Report on vaccination in Madras 1895-1903 - 1895-1903
Year: 1895
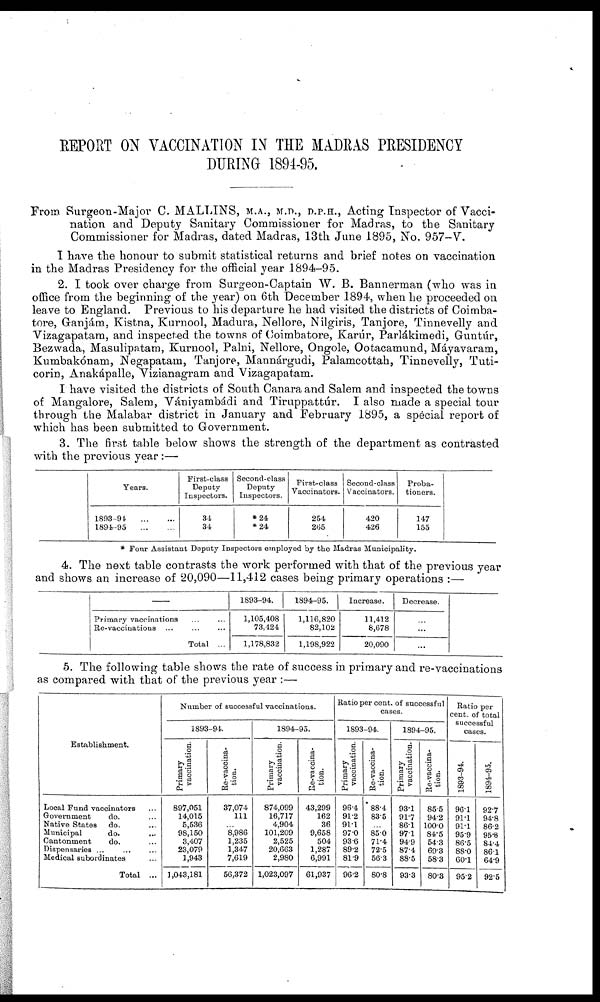
REPORT ON VACCINATION IN THE MADRAS PRESIDENCY
DURING 1894-95.
From Surgeon-Major C. MALLINS, M.A., M.D., D.P.H., Acting Inspector of Vacci-
nation and Deputy Sanitary Commissioner for Madras, to the Sanitary
Commissioner for Madras, dated Madras, 13th June 1895, No. 957—V.
I have the honour to submit statistical returns and brief notes on vaccination
in the Madras Presidency for the official year 1894-95.
2. I took over charge from Surgeon-Captain W. B. Bannerman (who was in
office from the beginning of the year) on 6th December 1894, when he proceeded on
leave to England. Previous to his departure he had visited the districts of Coimba¬
tore, Ganjám, Kistna, Kurnool, Madura, Nellore, Nilgiris, Tanjore, Tinnevelly and
Vizagapatam, and inspected the towns of Coimbatore, Karúr, Parlákimedi, Guntúr,
Bezwada, Masulipatam, Kurnool, Palni, Nellore, Ongole, Ootacamund, Máyavaram,
Kumbakónam, Negapatam, Tanjore, Mannárgudi, Palamcottah, Tinnevelly, Tuti¬
corin, Anakápalle, Vizianagram and Vizagapatam.
I have visited the districts of South Canara and Salem and inspected the towns
of Mangalore, Salem, Vániyambádi and Tiruppattúr. I also made a special tour
through the Malabar district in January and February 1895, a special report of
which has been submitted to Government.
3. The first table below shows the strength of the department as contrasted
with the previous year :—
Years.
1893-94.
...
...
1894-95
...
...
First-class
Deputy
Inspectors.
34
34
Second-class
Deputy
Inspectors.
*24
*24
First-class
Vaccinators.
254
265
Second-class
Vaccinators.
420
426
Proba-
tioners.
147
155
* Four Assistant Deputy Inspectors employed by the Madras Municipality.
4. The next table contrasts the work performed with that of the previous year
and shows an increase of 20,090—11,412 cases being primary operations :—
—
Primary vaccinations ... ...
Re-vaccinations ...
...
...
Total ...
1893-94.
1,105,408
73,424
1,178,832
1894-95.
1,116,820
82,102
1,198,922
Increase.
11,412
8,678
20,090
Decrease.
...
...
...
5. The following table shows the rate of success in primary and re-vaccinations
as compared with that of the previous year :—
Establishment.
Local Fund vaccinators ...
Government
do. ...
Native States do. ...
Municipal
do. ...
Cantonment
do. ...
Dispensaries ... ... ...
Medical subordinates ...
Total ...
Number of successful vaccinations.
1893-94.
Primary
vaccination.
897,051
14,015
5,536
98,150
3,407
23,079
1,943
1,043,181
Re-vaccina-
tion.
37,074
111
...
8,986
1,235
1,347
7,619
56,372
1894-95.
Primary
vaccination.
874,099
16,717
4,904
101,209
2,525
20,663
2,980
1,023,097
Re-vaccina-
tion.
43,299
162
36
9,658
504
1,287
6,991
61,937
Ratio per cent. of successful
cases.
1893-94.
Primary
vaccination.
96.4
91.2
91.1
97.0
93.6
89.2
81.9
96.2
Re-vaccina-
tion.
88.4
83.5
...
85.0
71.4
72.5
56.3
80.8
1894-95.
Primary
vaccination.
93.1
91.7
86.1
97.1
94.9
87.4
88.5
93.3
Re-vaccina-
tion.
85.5
94.2
100.0
84.5
54.3
69.3
583
80.3
Ratio per
cent. of total
successful
cases.
1893-94.
961
91.1
91.1
95.9
86.5
88.0
60.1
95.2
1894-95.
927
94.8
86.2
95.8
84.4
86.1
64.9
92.5